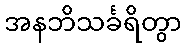
အနဘိသင်္ခရိတွာ